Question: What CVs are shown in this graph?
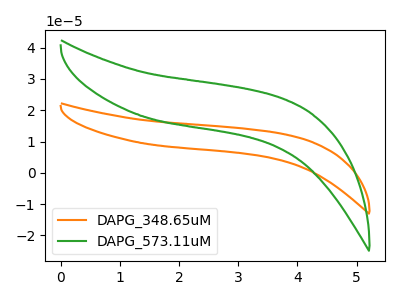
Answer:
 <answer>The orange curve is labeled "DAPG_348.65uM". The green curve is labeled "DAPG_573.11uM".</answer>
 <eval></eval>